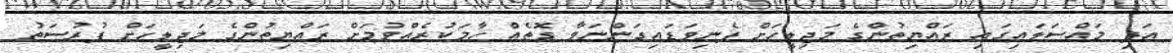
އަދި މައްސަލައިގައި ރައްޔިތުންގެ މަޖިލީހަށް ފެނިވަޑައިގަންނަވާ ގޮތެއް ހާމަކުރެއްވުމަށް ރައްޔިތުންގެ މަޖިލީހަށް ފުރުސަތު